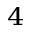
^ 4